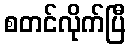
စတင်လိုက်ပြီ